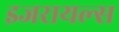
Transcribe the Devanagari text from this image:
इजरायल्स